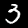
Digit: 3